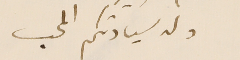
ولد سيادتكم المحب